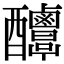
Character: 𨤌